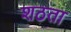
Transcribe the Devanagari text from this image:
शठता